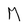
Character: M